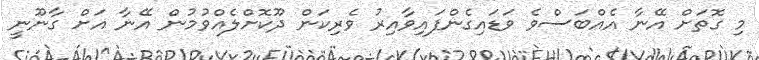
މި ގޮތަށް އޭނާ އެއްބަސްވެ ވަޑައިގެންފައިވާއިރު ވެރިކަން ދޫކޮށްލެއްވުމުން އޭނާ އަށް ގާނޫނީ